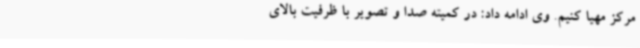
مرکز مهیا کنیم. وی ادامه داد: در کمیته صدا و تصویر با ظرفیت بالای